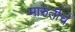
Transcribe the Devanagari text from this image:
मारुतीच